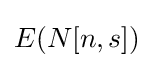
E(N[n,s])